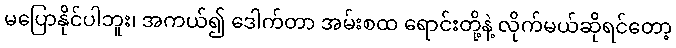
မပြောနိုင်ပါဘူး၊ အကယ်၍ ဒေါက်တာ အမ်းစထ ရောင်းတို့နဲ့ လိုက်မယ်ဆိုရင်တော့